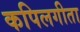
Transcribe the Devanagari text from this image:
कपिलगीता